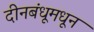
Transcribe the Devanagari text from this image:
दीनबंधूमधून